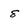
Character: 8